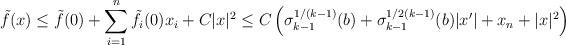
LaTeX: \begin{align*}\tilde{f} (x) \leq \tilde{f} (0) + \sum_{i=1}^n \tilde{f}_i (0) x_i + C |x|^2 \leq C \left(\sigma_{k-1}^{1/(k-1)} (b) + \sigma_{k-1}^{1/2(k-1)} (b) |x'| + x_n + |x|^2\right)\end{align*}